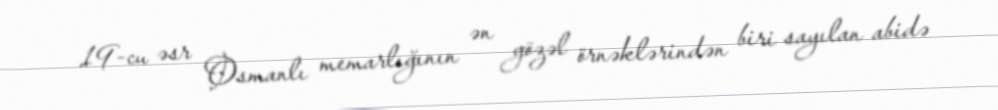
19-cu əsr Osmanlı memarlığının ən gözəl örnəklərindən biri sayılan abidə